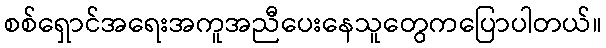
စစ်ရှောင်အရေးအကူအညီပေးနေသူတွေကပြောပါတယ်။